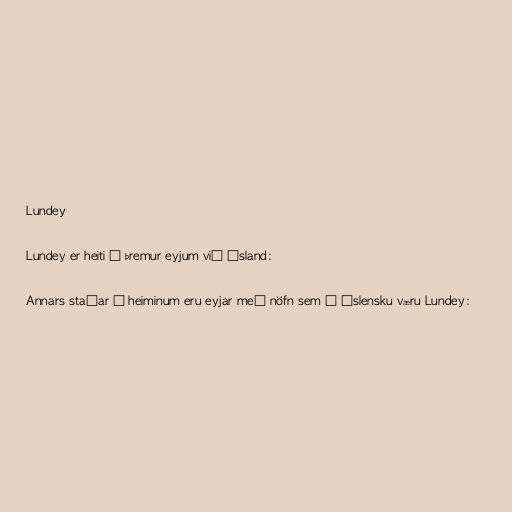
Lundey

Lundey er heiti á þremur eyjum við Ísland:

Annars staðar í heiminum eru eyjar með nöfn sem á íslensku væru Lundey: